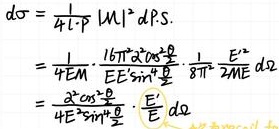
\[
\begin{align*}
d\sigma&=\frac{1}{4\pi}\cdot p|M|^{2}d\Omega\\
&=\frac{1}{4E}\cdot\frac{16\pi^{2}\cos^{2}\frac{\theta}{2}}{EE'\sin^{2}\frac{\theta}{2}}\cdot\frac{1}{8\pi^{2}}\frac{E^{2}}{2ME}d\Omega\\
&=\frac{4\pi^{2}\cos^{2}\frac{\theta}{2}}{E^{2}\sin^{2}\frac{\theta}{2}}\cdot\frac{|E'|}{E}d\Omega
\end{align*}
\]